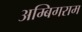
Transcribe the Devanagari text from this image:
अम्बिगराम